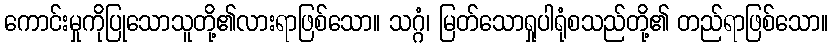
ကောင်းမှုကိုပြုသောသူတို့၏လားရာဖြစ်သော။ သဂ္ဂံ၊ မြတ်သောရှုပါရုံစသည်တို့၏ တည်ရာဖြစ်သော။